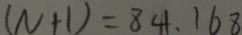
( N + 1 ) = 8 4 1 、 1 6 8